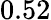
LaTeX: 0.52